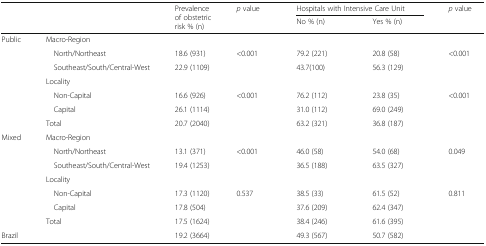
| <ROWSPAN=2-COLSPAN=2>  | <ROWSPAN=2> Prevalence of obstetric risk % (n) | <ROWSPAN=2> p value | <COLSPAN=2> Hospitals with Intensive Care Unit | <ROWSPAN=2> p value |
 | No % (n) | Yes % (n) |
 | --- | --- | --- | --- | --- | --- | --- |
 | <ROWSPAN=7> Public | <COLSPAN=6> Macro-Region |
 | North/Northeast | 18.6 (931) | <0.001 | 79.2 (221) | 20.8 (58) | <0.001 |
 | Southeast/South/Central-West | 22.9 (1109) |  | 43.7(100) | 56.3 (129) |  |
 | <COLSPAN=6> Locality |
 | Non-Capital | 16.6 (926) | <0.001 | 76.2 (112) | 23.8 (35) | <0.001 |
 | Capital | 26.1 (1114) |  | 31.0 (112) | 69.0 (249) |  |
 | Total | 20.7 (2040) |  | 63.2 (321) | 36.8 (187) |  |
 | <ROWSPAN=7> Mixed | <COLSPAN=6> Macro-Region |
 | North/Northeast | 13.1 (371) | <0.001 | 46.0 (58) | 54.0 (68) | 0.049 |
 | Southeast/South/Central-West | 19.4 (1253) |  | 36.5 (188) | 63.5 (327) |  |
 | <COLSPAN=6> Locality |
 | Non-Capital | 17.3 (1120) | 0.537 | 38.5 (33) | 61.5 (52) | 0.811 |
 | Capital | 17.8 (504) |  | 37.6 (209) | 62.4 (347) |  |
 | Total | 17.5 (1624) |  | 38.4 (246) | 61.6 (395) |  |
 | <COLSPAN=2> Brazil | 19.2 (3664) |  | 49.3 (567) | 50.7 (582) |  |